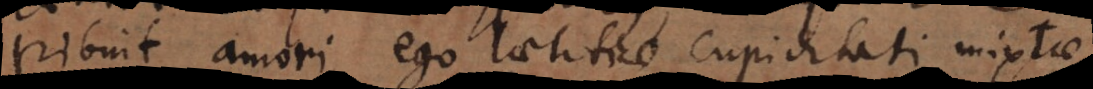
tribuit amori, ego laetitiae cupiditati mixtae